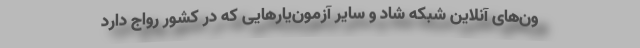
ون‌های آنلاین شبکه شاد و سایر آزمون‌‌یارهایی که در کشور رواج دارد